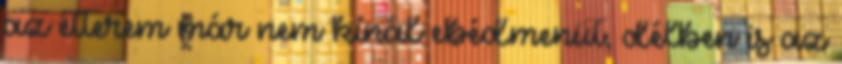
az étterem már nem kínál ebédmenüt, délben is az